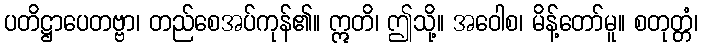
ပတိဋ္ဌာပေတဗ္ဗာ၊ တည်စေအပ်ကုန်၏။ ဣတိ၊ ဤသို့။ အဝေါစ၊ မိန့်တော်မူ။ စတုတ္တံ၊